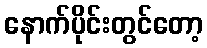
နောက်ပိုင်းတွင်တော့